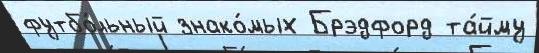
футбо́льный знако́мых Брэдфорд та́йму